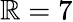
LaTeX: \mathbb{R}=7